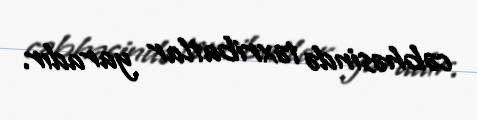
cəbhəsində təxribatlar yaradır.